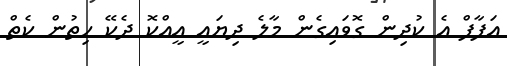
އަފާފް އެ ކުދިން ގޮވައިގެން މާލެ ދިޔައީ އީއްކޮ ދެކޭ ހިތުން ކެތް